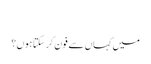
‬
‫میں کہاں سے فون کر سکتا ہوں؟